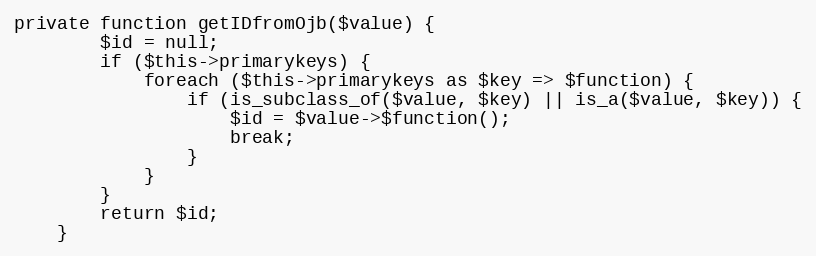
Language: PHP
private function getIDfromOjb($value) {
        $id = null;
        if ($this->primarykeys) {
            foreach ($this->primarykeys as $key => $function) {
                if (is_subclass_of($value, $key) || is_a($value, $key)) {
                    $id = $value->$function();
                    break;
                }
            }
        }
        return $id;
    }